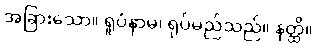
အခြားသော။ ရူပံနာမ၊ ရုပ်မည်သည်။ နတ္ထိ။